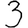
Digit: 3